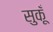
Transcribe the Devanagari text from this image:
सुकूँ